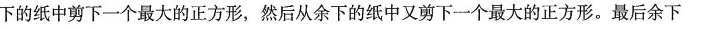
下的纸中剪下一个最大的正方形，然后从余下的纸中又剪下一个最大的正方形。最后余下